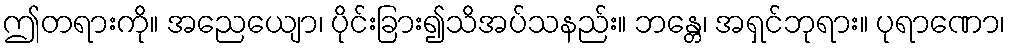
ဤတရားကို။ အညေယျော၊ ပိုင်းခြား၍သိအပ်သနည်း။ ဘန္တေ၊ အရှင်ဘုရား။ ပုရာဏော၊